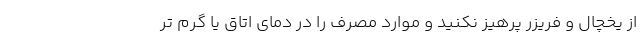
از یخچال و فریزر پرهیز نکنید و موارد مصرف را در دمای اتاق یا گرم تر